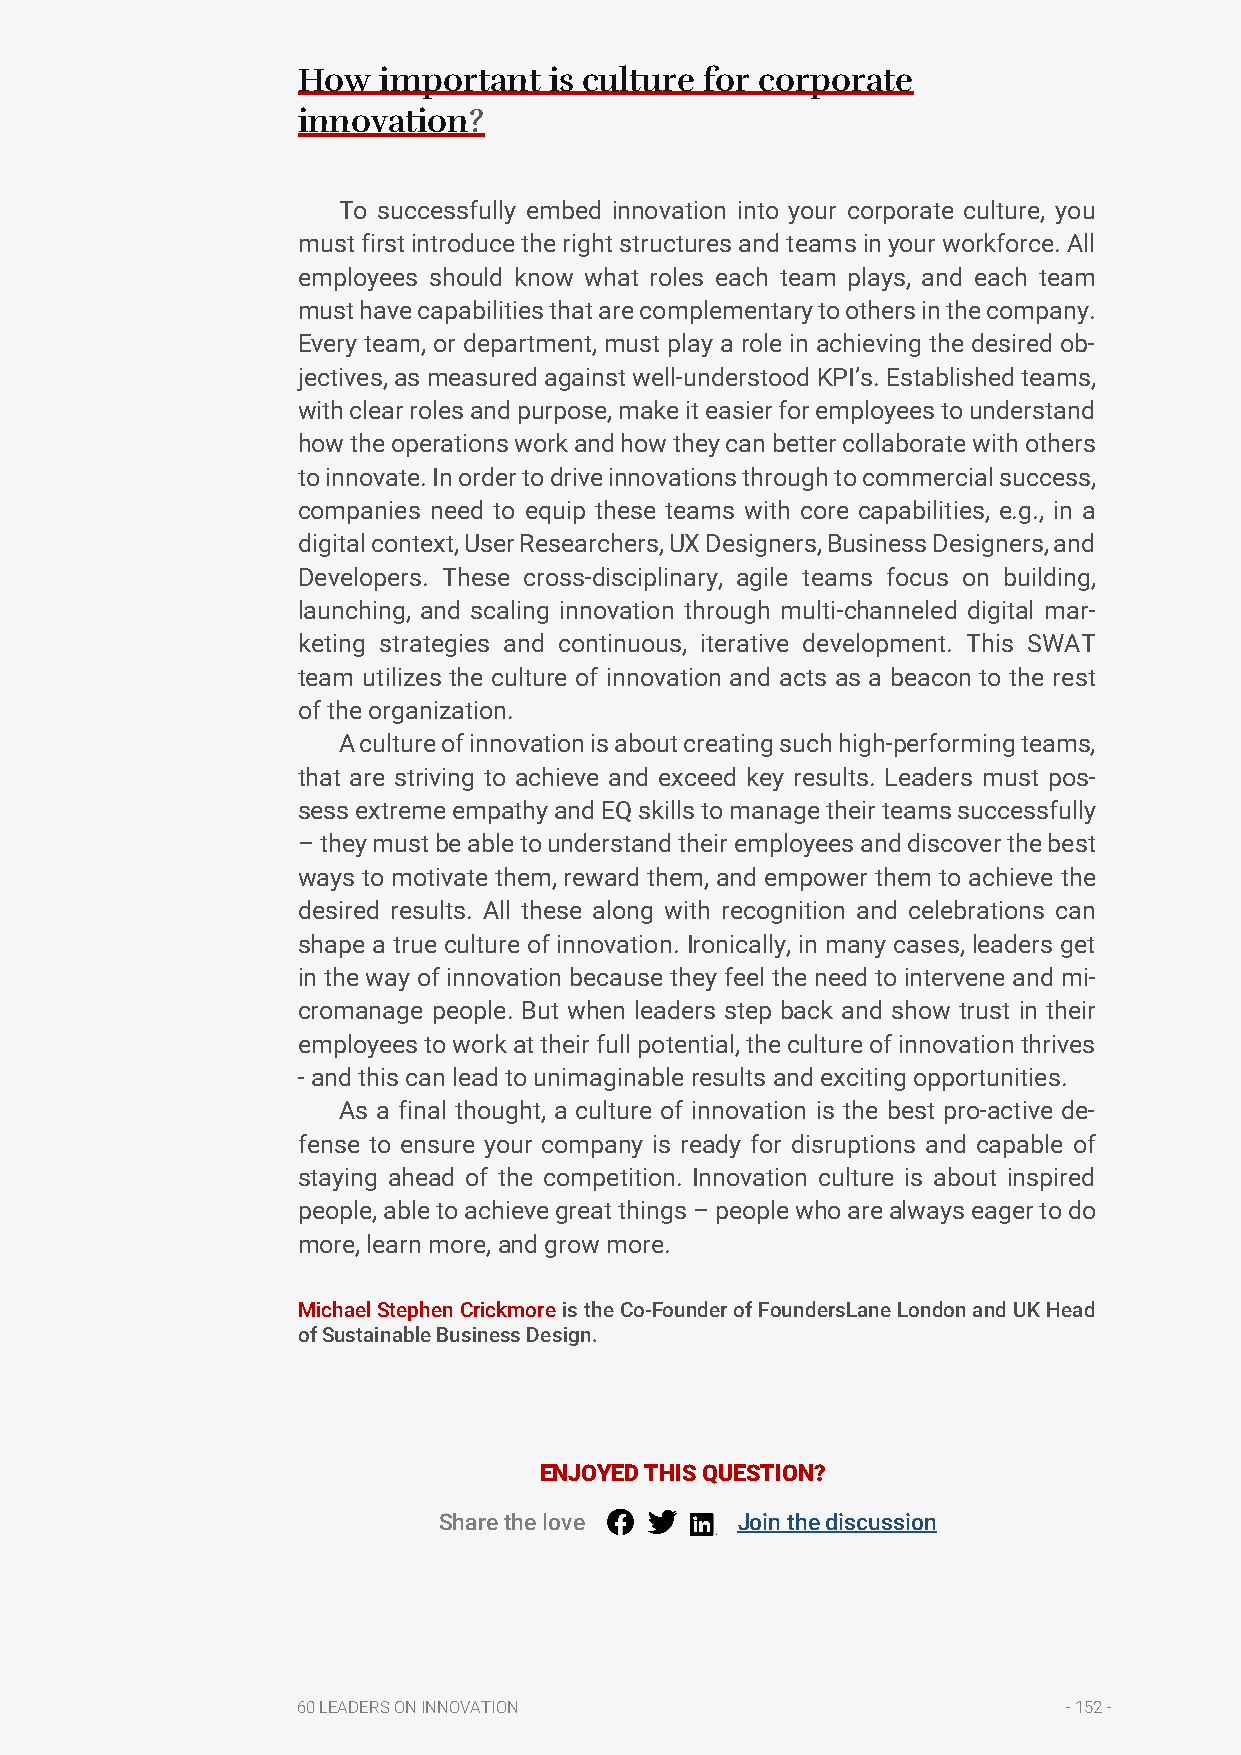
How  important  is culture for corporate
 innovation?
 To successfully embed innovation into your corporate culture, you
 must first introduce the right structures and teams in your workforce. All
 employees should know what roles each team plays, and each team
 must have capabilities that are complementary to others in the company.
 Every team, or department, must play a role in achieving the desired ob-
 jectives, as measured against well-understood KPI’s. Established teams,
 with clear roles and purpose, make it easier for employees to understand
 how the operations work and how they can better collaborate with others
 to innovate. In order to drive innovations through to commercial success,
 companies need to equip these teams with core capabilities, e.g., in a
 digital context, User Researchers, UX Designers, Business Designers, and
 Developers. These cross-disciplinary, agile teams focus on building,
 launching, and scaling innovation through multi-channeled digital mar-
 keting strategies and continuous, iterative development. This SWAT
 team utilizes the culture of innovation and acts as a beacon to the rest
 of the organization.
 A culture of innovation is about creating such high-performing teams,
 that are striving to achieve and exceed key results. Leaders must pos-
 sess extreme empathy and EQ skills to manage their teams successfully
 – they must be able to understand their employees and discover the best
 ways to motivate them, reward them, and empower them to achieve the
 desired results. All these along with recognition and celebrations can
 shape a true culture of innovation. Ironically, in many cases, leaders get
 in the way of innovation because they feel the need to intervene and mi-
 cromanage people. But when leaders step back and show trust in their
 employees to work at their full potential, the culture of innovation thrives
 - and this can lead to unimaginable results and exciting opportunities.
 As a final thought, a culture of innovation is the best pro-active de-
 fense to ensure your company is ready for disruptions and capable of
 staying ahead of the competition. Innovation culture is about inspired
 people, able to achieve great things – people who are always eager to do
 more, learn more, and grow more.
 Michael Stephen Crickmore is the Co-Founder of FoundersLane London and UK Head
 of Sustainable Business Design.
 ENJOYED THIS QUESTION?
 Share the love      Join the discussion
 60 LEADERS ON INNOVATION                           - 152 -